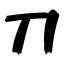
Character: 刀